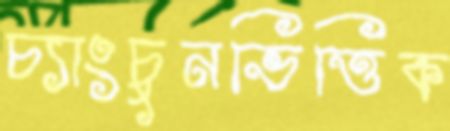
চ্যাংচুনভিত্তিক